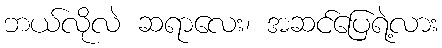
ဘယ်လိုလဲ ဆရာလေး၊ အဆင်ပြေရဲ့လား